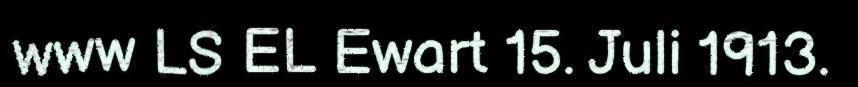
www LS EL Ewart 15. Juli 1913.